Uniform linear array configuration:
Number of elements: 8
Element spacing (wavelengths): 0.25
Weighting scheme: cosine
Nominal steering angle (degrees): -15
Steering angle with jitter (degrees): -15.126
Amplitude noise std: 0.05
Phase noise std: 0.05

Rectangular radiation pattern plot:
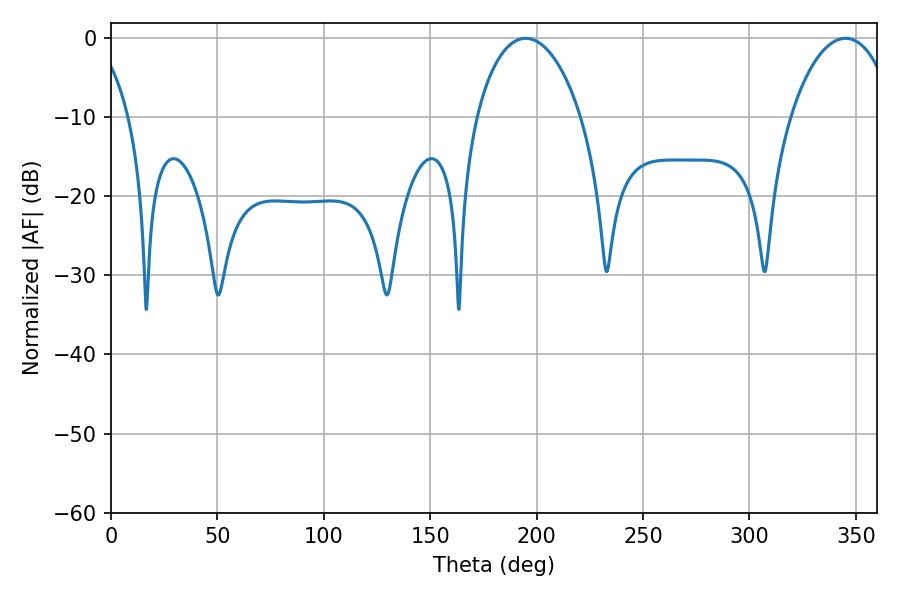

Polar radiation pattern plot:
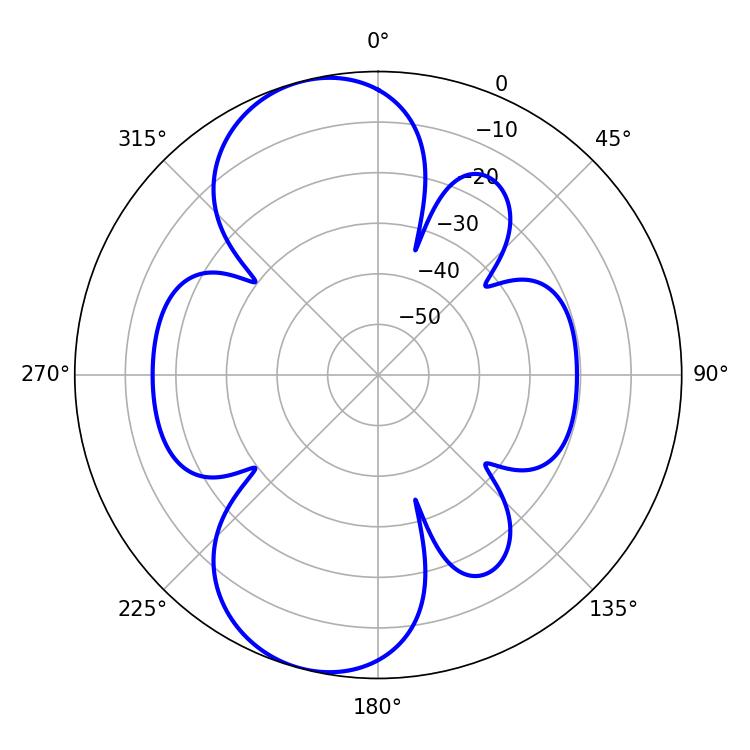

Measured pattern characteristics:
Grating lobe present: FALSE
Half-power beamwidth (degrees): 28.08
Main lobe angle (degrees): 194.94